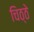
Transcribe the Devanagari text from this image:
चिठ्ठे